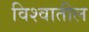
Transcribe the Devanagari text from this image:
विश्‍वातील